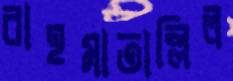
রাহমাতাল্লিল